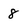
Character: 8